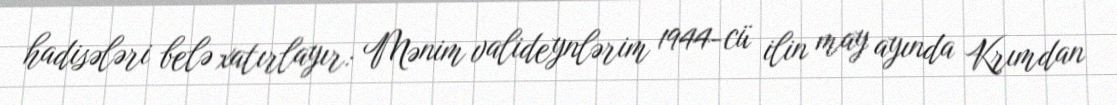
hadisələri belə xatırlayır: Mənim valideynlərim 1944-cü ilin may ayında Krımdan